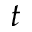
t